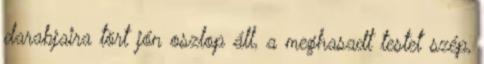
darabjaira tört jón oszlop áll, a meghasadt testet szép,